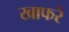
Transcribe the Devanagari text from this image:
खाफरे